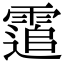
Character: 䨨